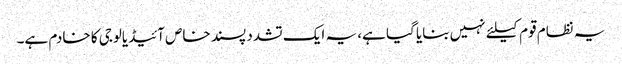
یہ نظام قوم کیلئے نہیں بنایا گیا ہے، یہ ایک تشدد پسند خاص آئیڈیالوجی کا خادم ہے۔